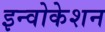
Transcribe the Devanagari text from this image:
इन्वोकेशन